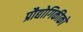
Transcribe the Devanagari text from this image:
प्रौद्योगिकीको